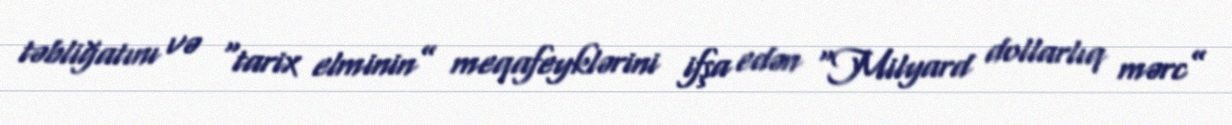
təbliğatını və “tarix elminin” meqafeyklərini ifşa edən “Milyard dollarlıq mərc”